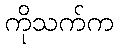
ကိုသက်က